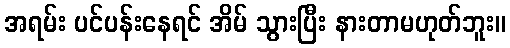
အရမ်း ပင်ပန်းနေရင် အိမ် သွားပြီး နားတာမဟုတ်ဘူး။